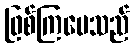
ဖြစ်ကြပေသည်